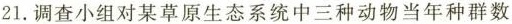
21. 调查小组对某草原生态系统中三种动物当年种群数